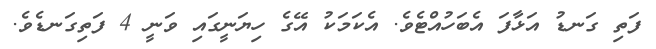
ފަތި ގަނޑު އަޅާފަ އެބަހުއްޓެވެ. އެކަމަކު އޭގެ ހިޔަނީގައި ވަނީ 4 ފަތިގަނޑެވެ.